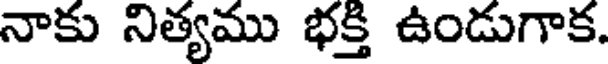
నాకు నిత్యము భక్తి ఉండుగాక.